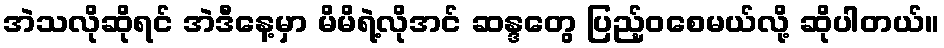
အဲသလိုဆိုရင် အဲဒီနေ့မှာ မိမိရဲ့လိုအင် ဆန္ဒတွေ ပြည့်ဝစေမယ်လို့ ဆိုပါတယ်။